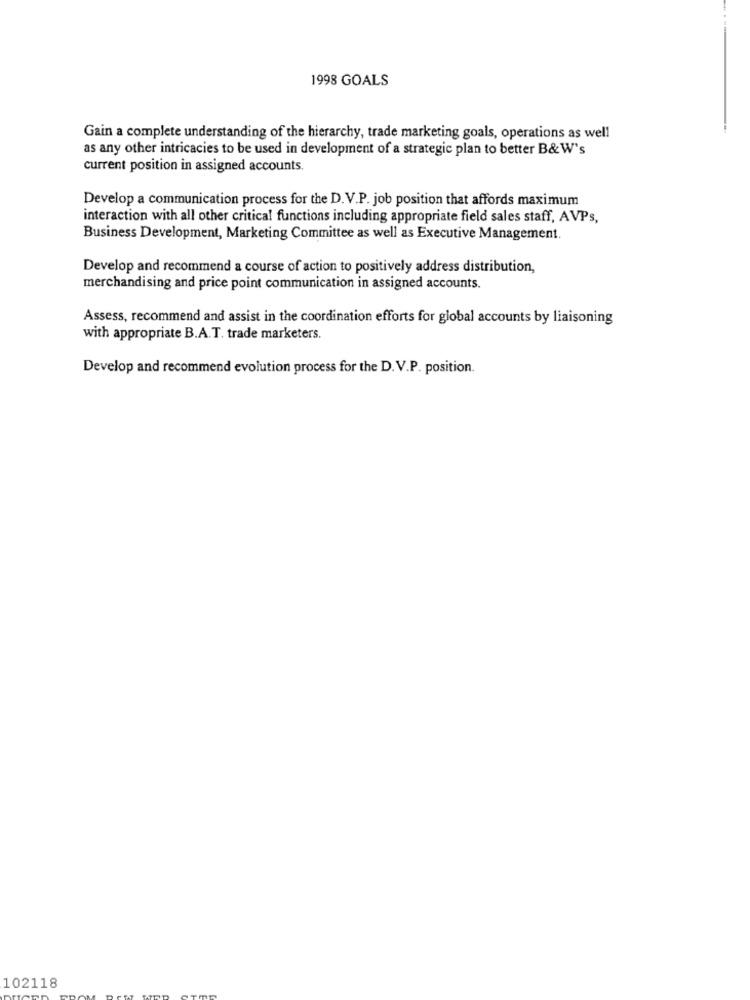
1998 GOALS
Gain a complete understanding of the hierarchy, trade marketing goals, operations as well
as any other intricacies to be used in development of a strategic plan to better B& W's
current position in assigned accounts.
Develop a communication process for the D.V.P. job position that affords maximum
interaction with all other critical functions including appropriate field sales staff, AVPs,
Business Development, Marketing Committee as well as Executive Management.
Develop and recommend a course of action to positively address distribution,
merchandising and price point communication in assigned accounts.
Assess, recommend and assist in the coordination efforts for global accounts by liaisoning
with appropriate B.A.T. trade marketers.
Develop and recommend evolution process for the D.V.P. position.
102118